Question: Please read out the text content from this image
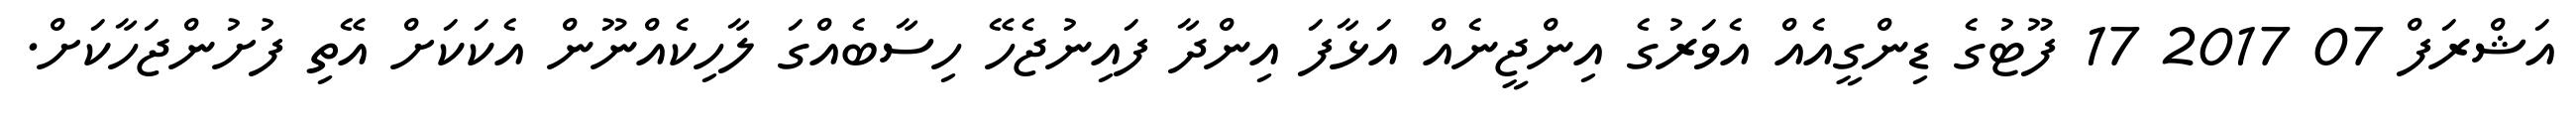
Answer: އަޝްރަފް 07 2017 17 ފޫޓުގެ ޑިންގީއެއް އެވަރުގެ އިންޖީނެއް އަޅާފަ އިންދާ ފައިނުޖެހޭ ހިސާބެއްގަ ލާހިކެއްނޫން އެކަކަށް އޭތި ފުށުންޖަހާކަށް.